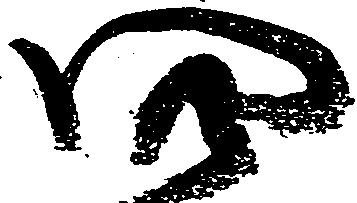
四